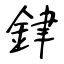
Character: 銉